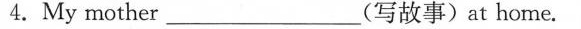
4.My mother___(写故事)at home.